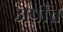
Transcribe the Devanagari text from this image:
अर्पीत